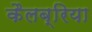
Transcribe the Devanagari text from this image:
कैलब्रिया